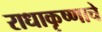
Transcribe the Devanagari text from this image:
राधाकृष्णाचे